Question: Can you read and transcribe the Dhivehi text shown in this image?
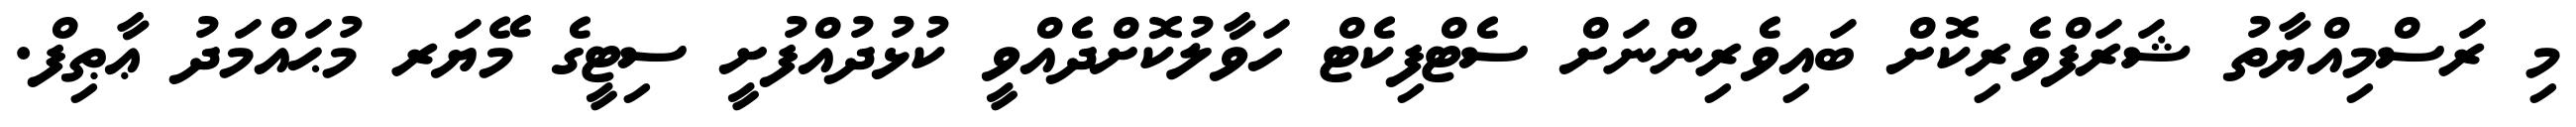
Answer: މި ރަސްމިއްޔާތު ޝަރަފްވެރިކޮށް ބައިވެރިންނަށް ސެޓްފިކެޓް ހަވާލުކޮށްދެއްވީ ކުޅުދުއްފުށީ ސިޓީގެ މޭޔަރ މުޙައްމަދު ޢާޠިފް.